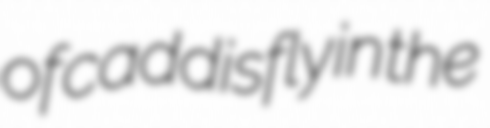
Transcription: of caddisfly in the